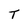
Character: T